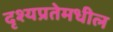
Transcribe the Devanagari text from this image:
दृश्यप्रतेमधील